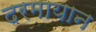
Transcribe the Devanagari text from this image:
दरमायान